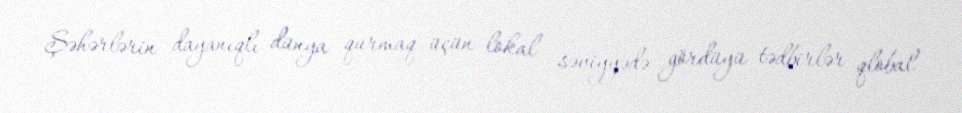
Şəhərlərin dayanıqlı dünya qurmaq üçün lokal səviyyədə gördüyü tədbirlər qlobal